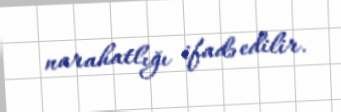
narahatlığı ifadə edilir.